Rangoon Lunatic Asylum 1878-1892 - 1878-1892
Year: 1878
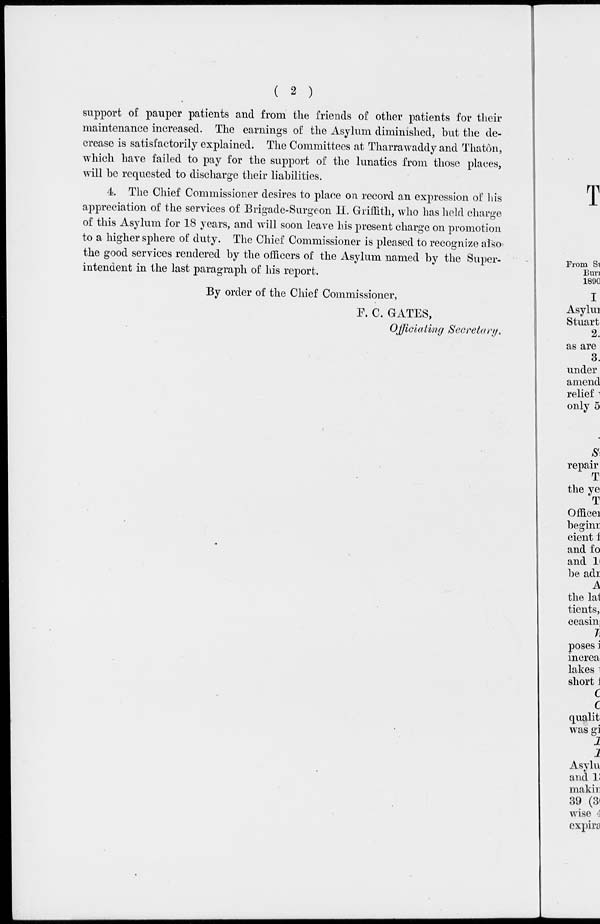
( 2 )
support of pauper patients and from the friends of other patients for their
maintenance increased. The earnings of the Asylum diminished, but the de-
crease is satisfactorily explained. The Committees at Tharrawaddy and Thatôn,
which have failed to pay for the support of the lunatics from those places,
will be requested to discharge their liabilities.
4. The Chief Commissioner desires to place on record an expression of his
appreciation of the services of Brigade-Surgeon H. Griffith, who has held charge
of this Asylum for 18 years, and will soon leave his present charge on promotion
to a higher sphere of duty. The Chief Commissioner is pleased to recognize also
the good services rendered by the officers of the Asylum named by the Super-
intendent in the last paragraph of his report.
By order of the Chief Commissioner,
F. C. GATES,
Officiating Secretary.